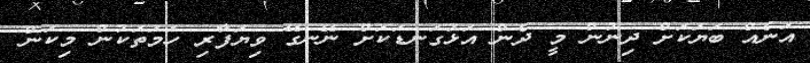
އަނެއް ބަޔަކަށް ދިނުން މީ ދެން އަޅުގަނޑަކަށް ނޭނގޭ ވިޔަފާރި ހަމަތަކުން މިކަން